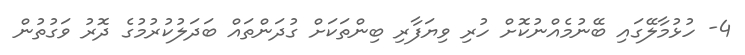
4- ހުޅުމާލޭގައި ބޭނުމެއްނުކޮށް ހުރި ވިޔަފާރި ބިންތަކަށް ގުދަންތައް ބަދަލުކުރުމުގެ ދޮރު ވަގުތުން